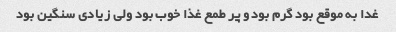
غدا به موقع بود گرم بود و پر طمع غذا خوب بود ولی زیادی سنگین بود